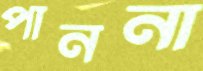
পাননা